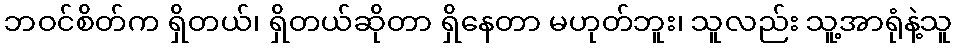
ဘဝင်စိတ်က ရှိတယ်၊ ရှိတယ်ဆိုတာ ရှိနေတာ မဟုတ်ဘူး၊ သူလည်း သူ့အာရုံနဲ့သူ